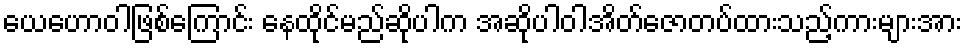
ယေဟောဝါဖြစ်ကြောင်း နေထိုင်မည်ဆိုပါက အဆိုပါဝါအိတ်ဇောတပ်ထားသည့်ကားများအား